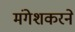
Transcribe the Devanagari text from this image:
मंगेशकरने